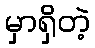
မှာရှိတဲ့